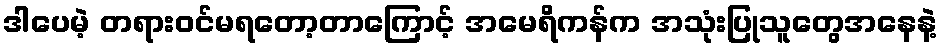
ဒါပေမဲ့ တရားဝင်မရတော့တာကြောင့် အမေရိကန်က အသုံးပြုသူတွေအနေနဲ့